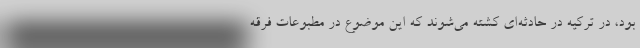
بود، در ترکیه در حادثه‌ای کشته می‌شوند که این موضوع در مطبوعات فرقه